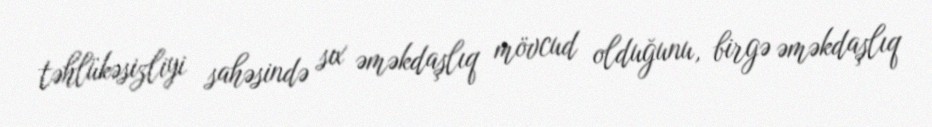
təhlükəsizliyi sahəsində sıx əməkdaşlıq mövcud olduğunu, birgə əməkdaşlıq